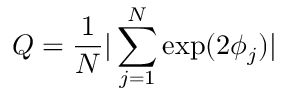
Q = \frac { 1 } { N } | \sum _ { j = 1 } ^ { N } \exp ( 2 \phi _ { j } ) |